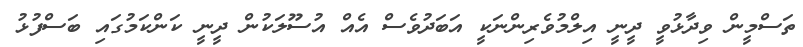
ތަސްމީން ވިދާޅުވީ ދީނީ އިލްމުވެރިންނަކީ އަބަދުވެސް އެއް އުސޫލަކުން ދީނީ ކަންކަމުގައި ބަސްފުޅު